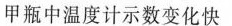
甲瓶中温度计示数变化快